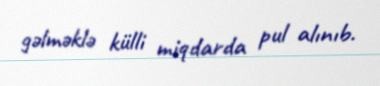
gəlməklə külli miqdarda pul alınıb.